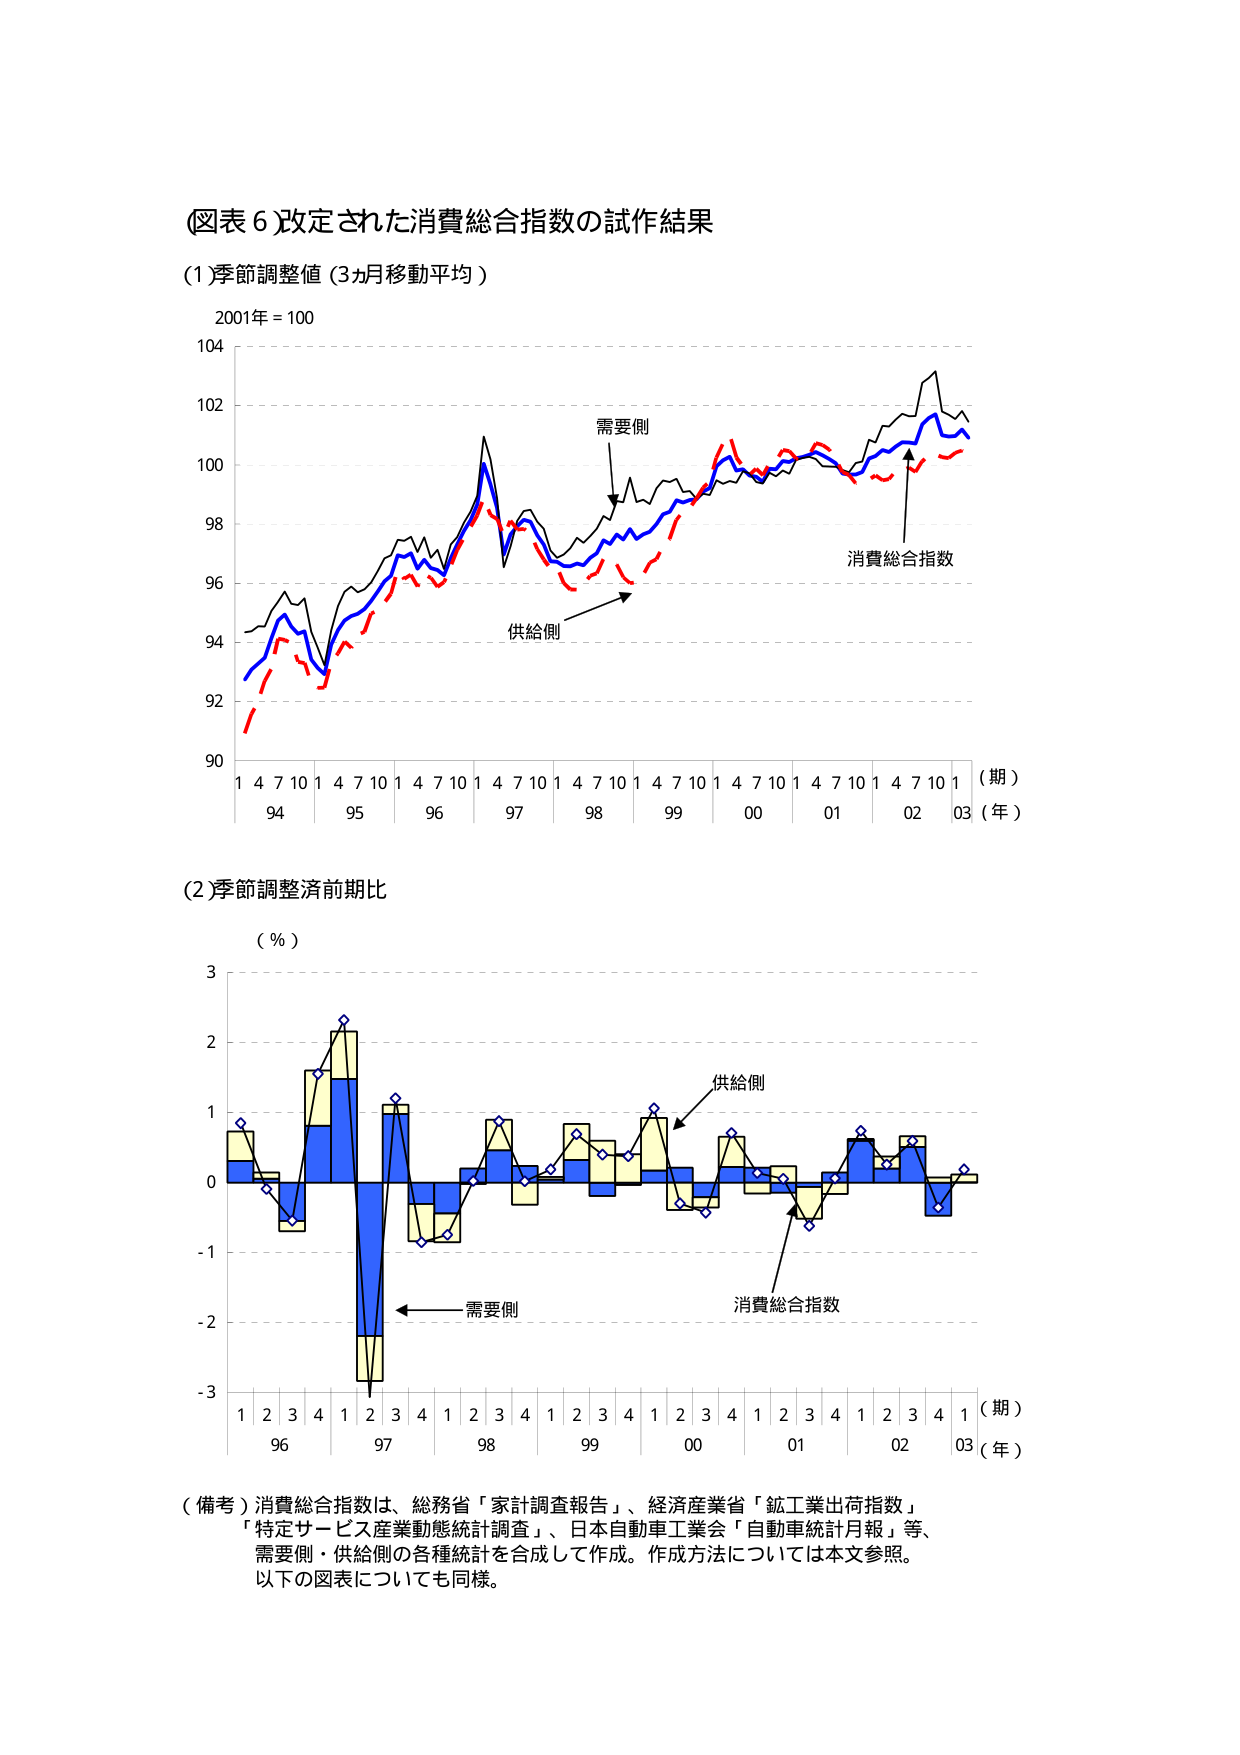
(図表 6) 改定された消費総合指数の試作結果

(1) 季節調整値 (3ヵ月移動平均)
2001年 = 100

104
102
100
98
96
94
92
90

1 4 7 10 1 4 7 10 1 4 7 10 1 4 7 10 1 4 7 10 1 4 7 10 1 4 7 10 1 4 7 10 1
94 95 96 97 98 99 00 01 02 03 (年)
(期)

需要側
供給側
消費総合指数

(2) 季節調整済前期比
(％)

3
2
1
0
-1
-2
-3

1 2 3 4 1 2 3 4 1 2 3 4 1 2 3 4 1 2 3 4 1 2 3 4 1 2 3 4 1
96 97 98 99 00 01 02 03 (年)
(期)

供給側
需要側
消費総合指数

(備考) 消費総合指数は、総務省「家計調査報告」、経済産業省「鉱工業出荷指数」
「特定サービス産業動態統計調査」、日本自動車工業会「自動車統計月報」等、
需要側・供給側の各種統計を合成して作成。作成方法については本文参照。
以下の図表についても同様。